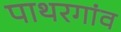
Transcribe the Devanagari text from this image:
पाथरगांव